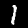
Digit: 1